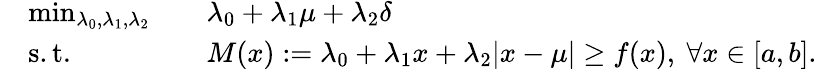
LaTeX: \begin{array}{rlrl}&{\operatorname*{min}_{\lambda_{0},\lambda_{1},\lambda_{2}}}&&{\lambda_{0}+\lambda_{1}\mu+\lambda_{2}\delta}\\ &{\mathrm{s.t.}}&&{M(x):=\lambda_{0}+\lambda_{1}x+\lambda_{2}|x-\mu|\geq f(x),\ \forall x\in[a,b].}\end{array}